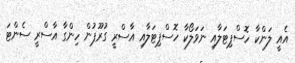
އެއީ ލަންކާ ހޮސްޕިޓަލާއި ނަވަލޯކާ ހޮސްޕިޓަލާއި އާސްރީ ގުރޫޕުން ހިންގާ އާސްރީ ސެންޓަ